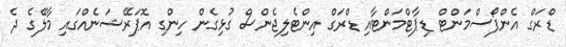
ޑްރަގް އެންފޯސްމަންޓް ޑިޕާޓްމަންޓާއި ޑްރަގް އިންޓެލިޖެންސް ގުޅިގެން ހިންގި އޮޕަރޭޝަނެއްގައި މާލޭގެ ދެ